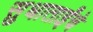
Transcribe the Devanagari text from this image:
सुधाताईंचे